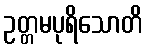
ဥတ္တမပုရိသောတိ